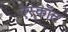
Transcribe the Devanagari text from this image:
ऐस्कॉट